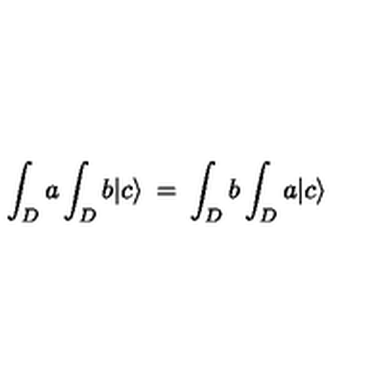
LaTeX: \int _ { D } a \int _ { D } b | c \rangle \: = \: \int _ { D } b \int _ { D } a | c \rangle